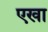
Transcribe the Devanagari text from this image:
एखा